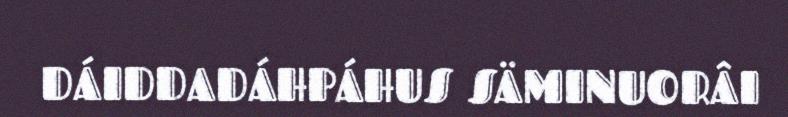
DÁIDDADÁHPÁHUS SÄMINUORÂI